Annual report of the Civil Veterinary Department, Bengal, and of the Bengal Veterinary College for the year 1905-1906 - 1905-1906
Year: 1905
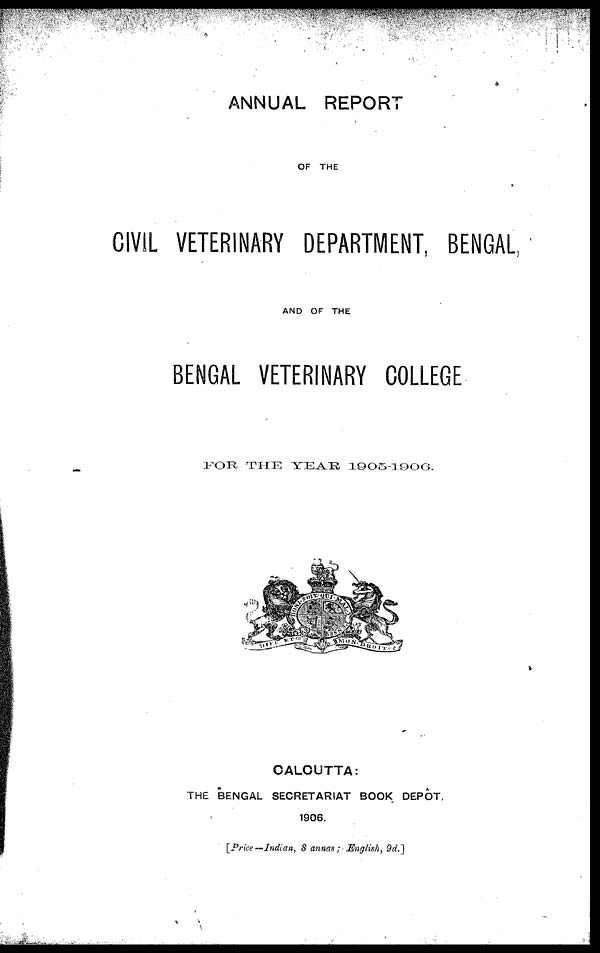
ANNUAL REPORT
OF THE
CIVIL VETERINARY DEPARTMENT, BENGAL,
AND OF THE
BENGAL VETERINARY COLLEGE
FOR THE
YEAR
1905-1906.
CALCUTTA:
THE BENGAL SECRETARIAT BOOK DEPOT
1906.
[Price--Indian, 8 annas; English, 9d.]